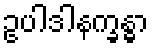
ဥပါဒါနက္ခန္ဓာ